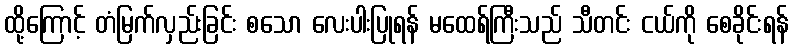
ထို့ကြောင့် တံမြက်လှည်းခြင်း စသော လေးပါးပြုရန် မထေရ်ကြီးသည် သီတင်း ငယ်ကို စေခိုင်းရန်